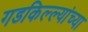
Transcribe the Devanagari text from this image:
गडकिल्ल्यांच्या